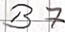
Text: B7